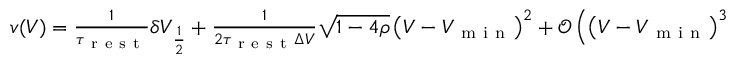
\begin{array} { r } { v ( V ) = \frac { 1 } { \tau _ { \mathrm { ~ r ~ e ~ s ~ t ~ } } } \delta V _ { \frac { 1 } { 2 } } + \frac { 1 } { 2 \tau _ { \mathrm { ~ r ~ e ~ s ~ t ~ } } \Delta V } \sqrt { 1 - 4 \rho } \left( V - V _ { \mathrm { ~ m ~ i ~ n ~ } } \right) ^ { 2 } + \mathcal { O } \left( \left( V - V _ { \mathrm { ~ m ~ i ~ n ~ } } \right) ^ { 3 } \right) . } \end{array}